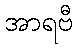
အာရဗီ